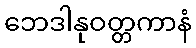
ဘေဒါနုဝတ္တကာနံ